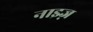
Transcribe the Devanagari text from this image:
नाइज़